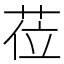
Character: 莅